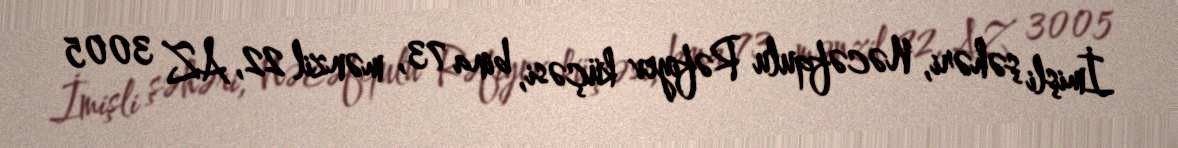
İmişli şəhəri, Nəcəfqulu Rəfiyev küçəsi, bina 73, mənzil 22, AZ 3005